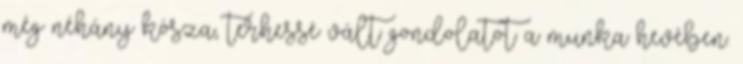
még néhány kósza, terhessé vált gondolatot a munka hevében.